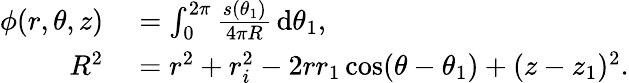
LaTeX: \begin{array}{rl}{\phi(r,\theta,z)}&{{}=\int_{0}^{2\pi}\frac{s(\theta_{1})}{4\pi R}\, \mathrm{d}\theta_{1},}\\ {R^{2}}&{{}=r^{2}+r_{i}^{2}-2rr_{1}\cos(\theta-\theta_{1})+(z-z_{1})^{2}.}\end{array}